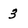
Character: 3